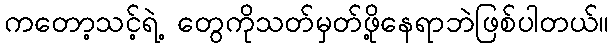
ကတော့သင့်ရဲ့ တွေကိုသတ်မှတ်ဖို့နေရာဘဲဖြစ်ပါတယ်။